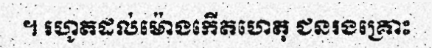
។ រហូតដល់ម៉ោងកើតហេតុ ជនរងគ្រោះ